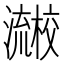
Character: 𰝱